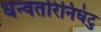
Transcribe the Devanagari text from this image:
धन्वतरिनिघंटु